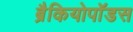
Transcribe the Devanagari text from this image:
ब्रैकियोपॉडस